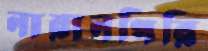
নারানগিরি